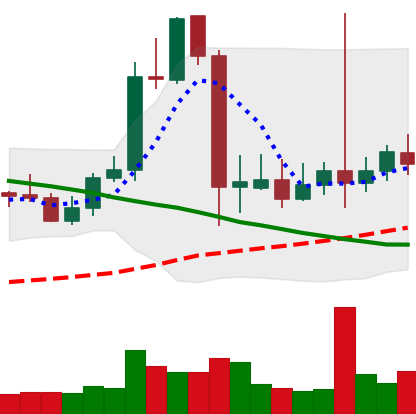
Ticker: LTC-USD
Chart end date: 2021-09-16
Forward return: -20.022%
Label: down_7plus